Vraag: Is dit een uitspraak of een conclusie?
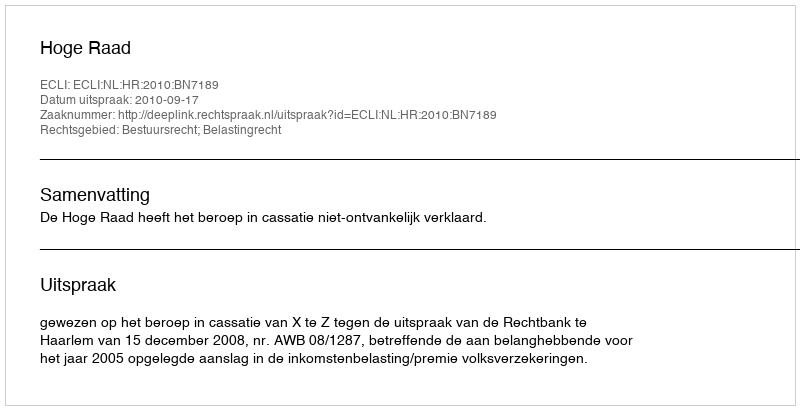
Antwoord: Uitspraak